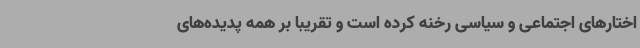
اختارهای اجتماعی و سیاسی رخنه کرده است و تقریبا بر همه پدیده‌های